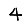
Digit: 4